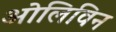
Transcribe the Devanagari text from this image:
ओलिविन